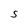
Character: S